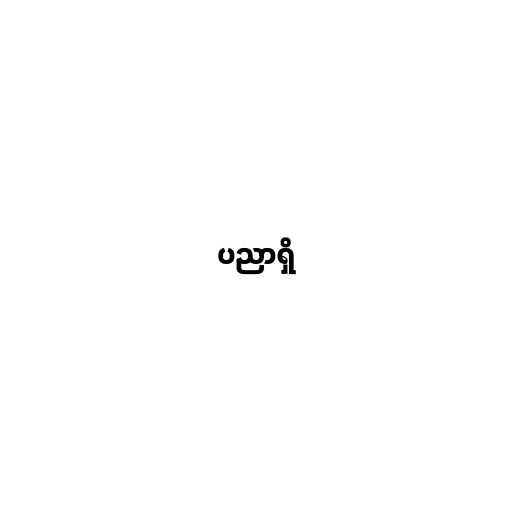
ပညာရှိ